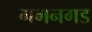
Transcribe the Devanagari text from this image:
गगनगड